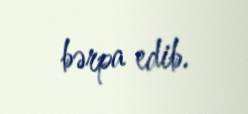
bərpa edib.